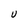
Character: U